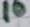
Text: 10